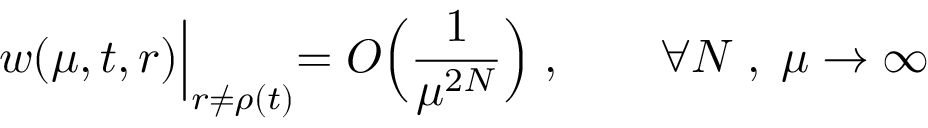
w ( \mu , t , r ) \Bigl | _ { r \ne \rho ( t ) } = O \Bigl ( \frac { 1 } { \mu ^ { 2 N } } \Bigr ) \; , \qquad \forall N \; , \; \mu \to \infty